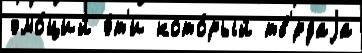
эмо́ций э́т'и кото́рый тв'́рдаjа